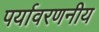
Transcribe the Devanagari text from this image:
पर्यावरणनीय